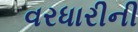
વરધારીની